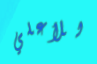
للأعلي